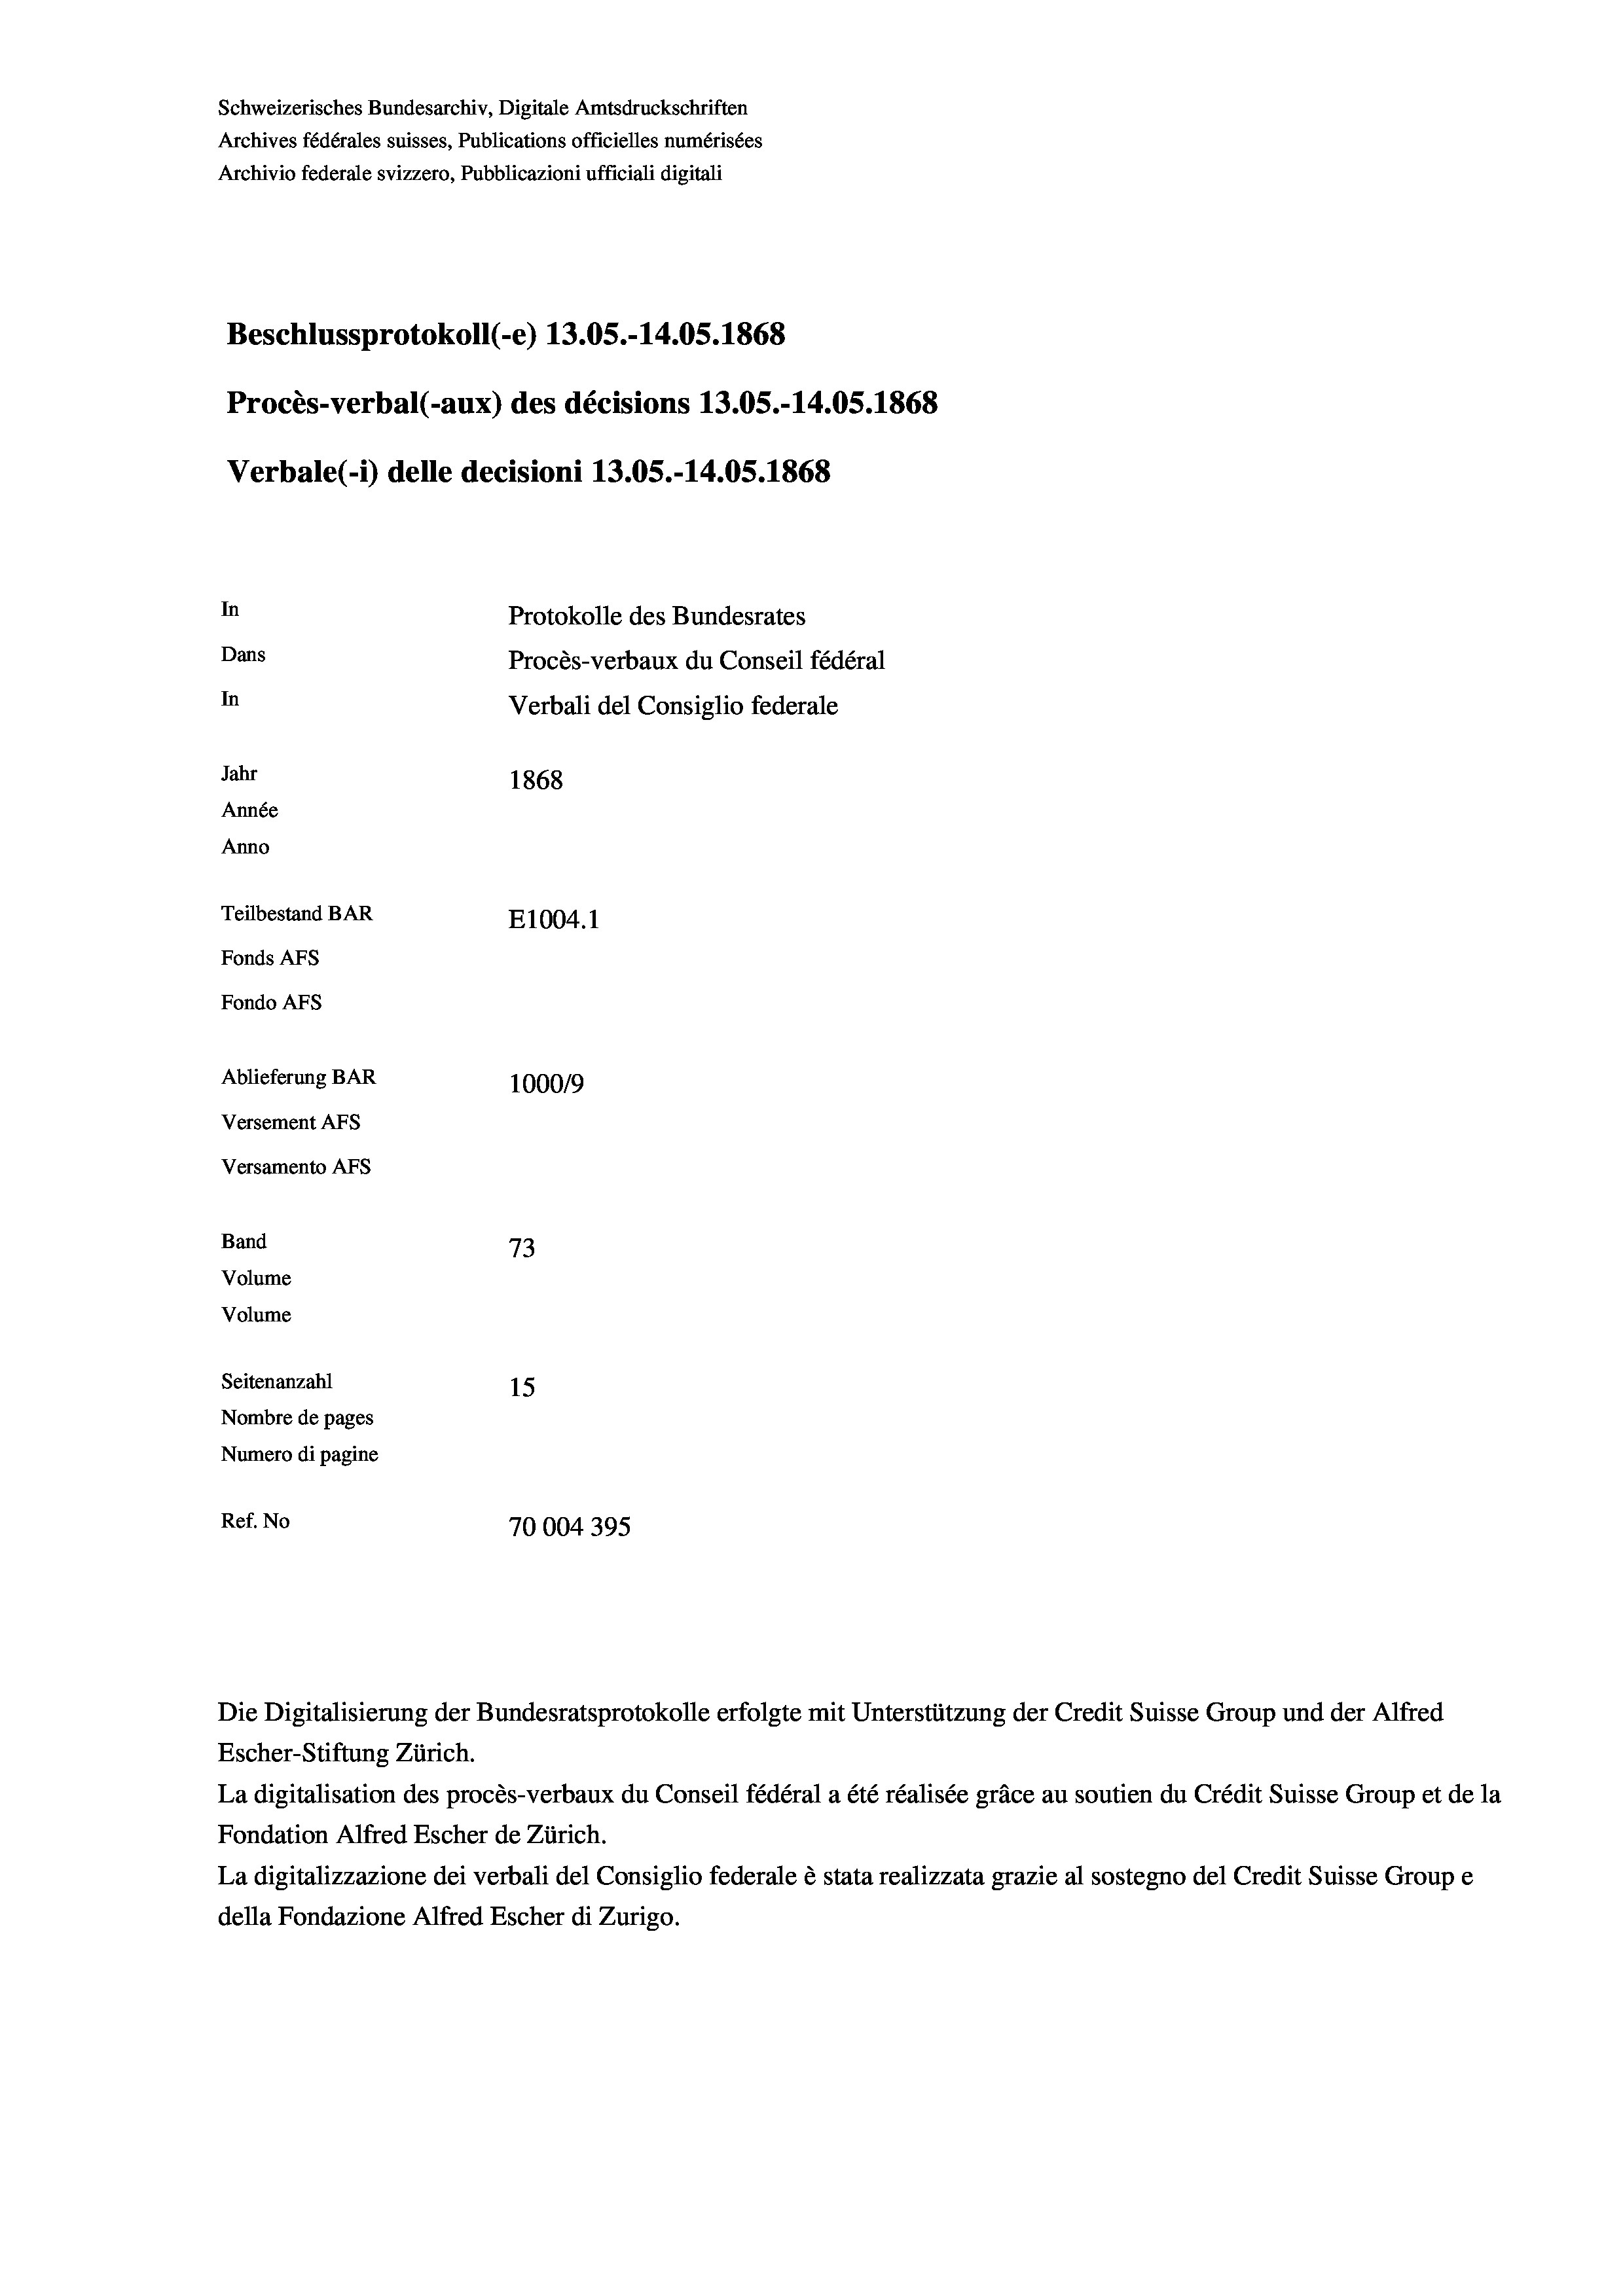
Schweizerisches Bundesarchiv, Digitale Amtsdruckschriften
Archives fédérales suisses, Publications officielles numérisées
Archivio federale svizzero, Pubblicazioni ufficiali digitali
Beschlussprotokoll (-e) 13.05.-14.05. 1868
Procès-verbal (-aux) des décisions 13.05.-14.05. 1868
Verbale(-*) delle decisioni 13.05.-14.05. 1868
In
Protokolle des Bundesrates
Dans
Procès-verbaux du Conseil fédéral
In
Verbali del Consiglio federale
Jahr
1868
Année
Anno
Teilbestand BAR
E1004. 1
Fonds AFs
Fondo AFS
Ablieferung BAR
100019
Versement AFs
Versamento AFs
Band
73
Volume
Volume
Seitenanzahl
15
Nombre de pages
Numero di pagine
Ref. No
70004 395

Die Digitalisierung der Bundesratsprotokolle erfolgte mit Unterstützung der Credit Suisse Group und der Alfred

Escher-Stiftung Zürich.
La digitalisation des procès-verbaux du Conseil fédéral a été réalisée gräce au soutien du Crédit Suisse Group et de la
Fondation Alfred Escher de Zürich.
La digitalizzazione dei verbali del Consiglio federale è stata realizzata grazie al sostegno del Credit Suisse Groupe
della Fondazione Alfred Escher di Zurigo.